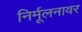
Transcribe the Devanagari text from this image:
निर्मूलनावर